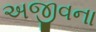
અજીવના